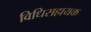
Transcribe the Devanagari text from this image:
विधिसहायक